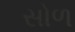
સોળ